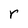
Character: r